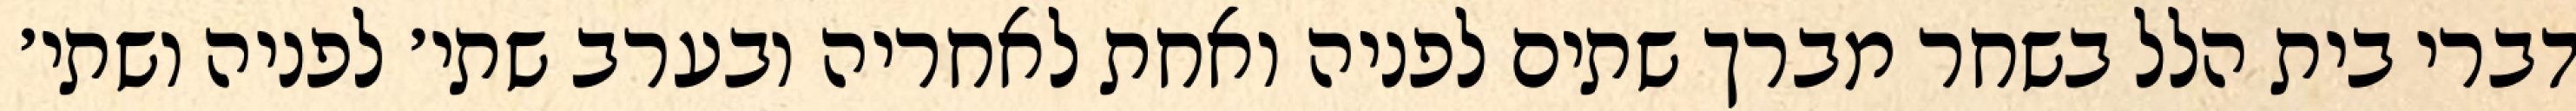
דברי בית הלל בשחר מברך שתים לפניה ואחת לאחריה ובערב שתי׳ לפניה ושתי׳